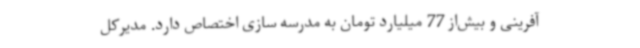
آفرینی و بیش‌از 77 میلیارد تومان به مدرسه سازی اختصاص دارد. مدیرکل